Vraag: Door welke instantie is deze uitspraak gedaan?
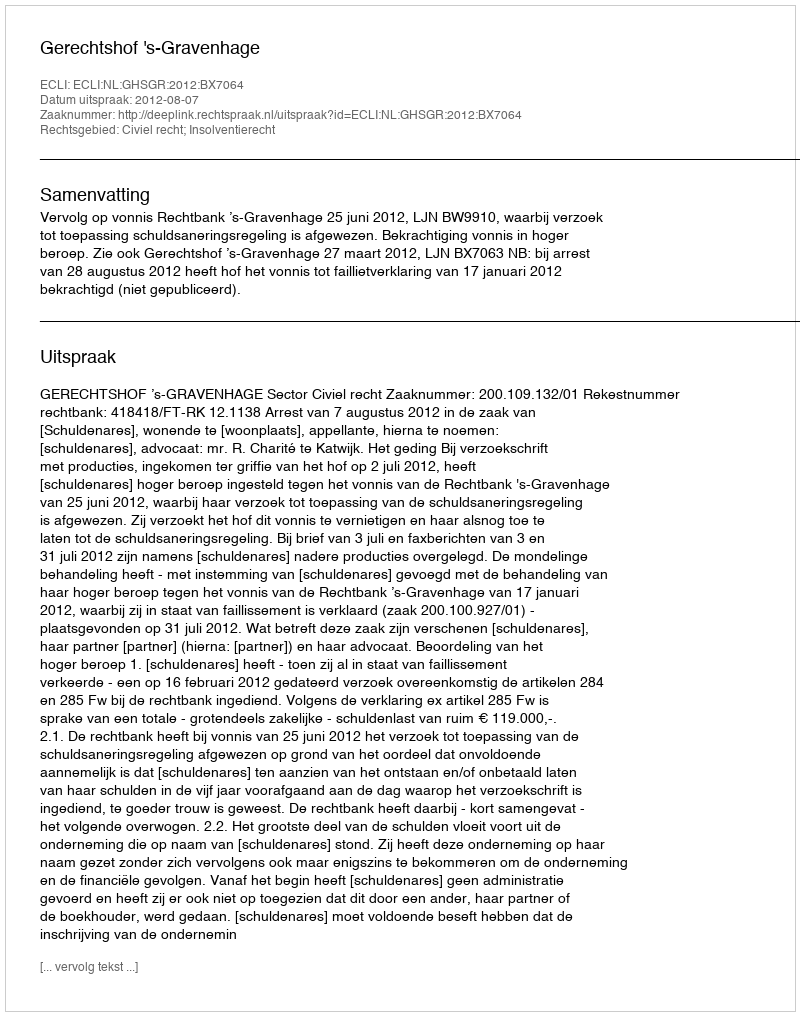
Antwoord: Gerechtshof 's-Gravenhage